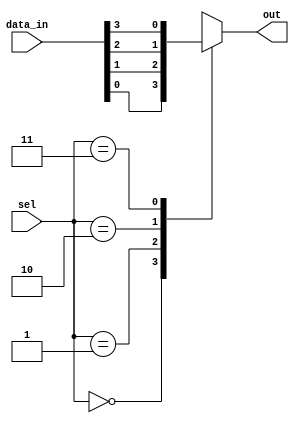
module mux_4to1 (
    input [3:0] data_in,
    input [1:0] sel,
    output reg out
);

always @(*) begin
    case(sel)
        2'b00: out = data_in[0];
        2'b01: out = data_in[1];
        2'b10: out = data_in[2];
        2'b11: out = data_in[3];
        default: out = 1'b0; // Default output value
    endcase
end

endmodule